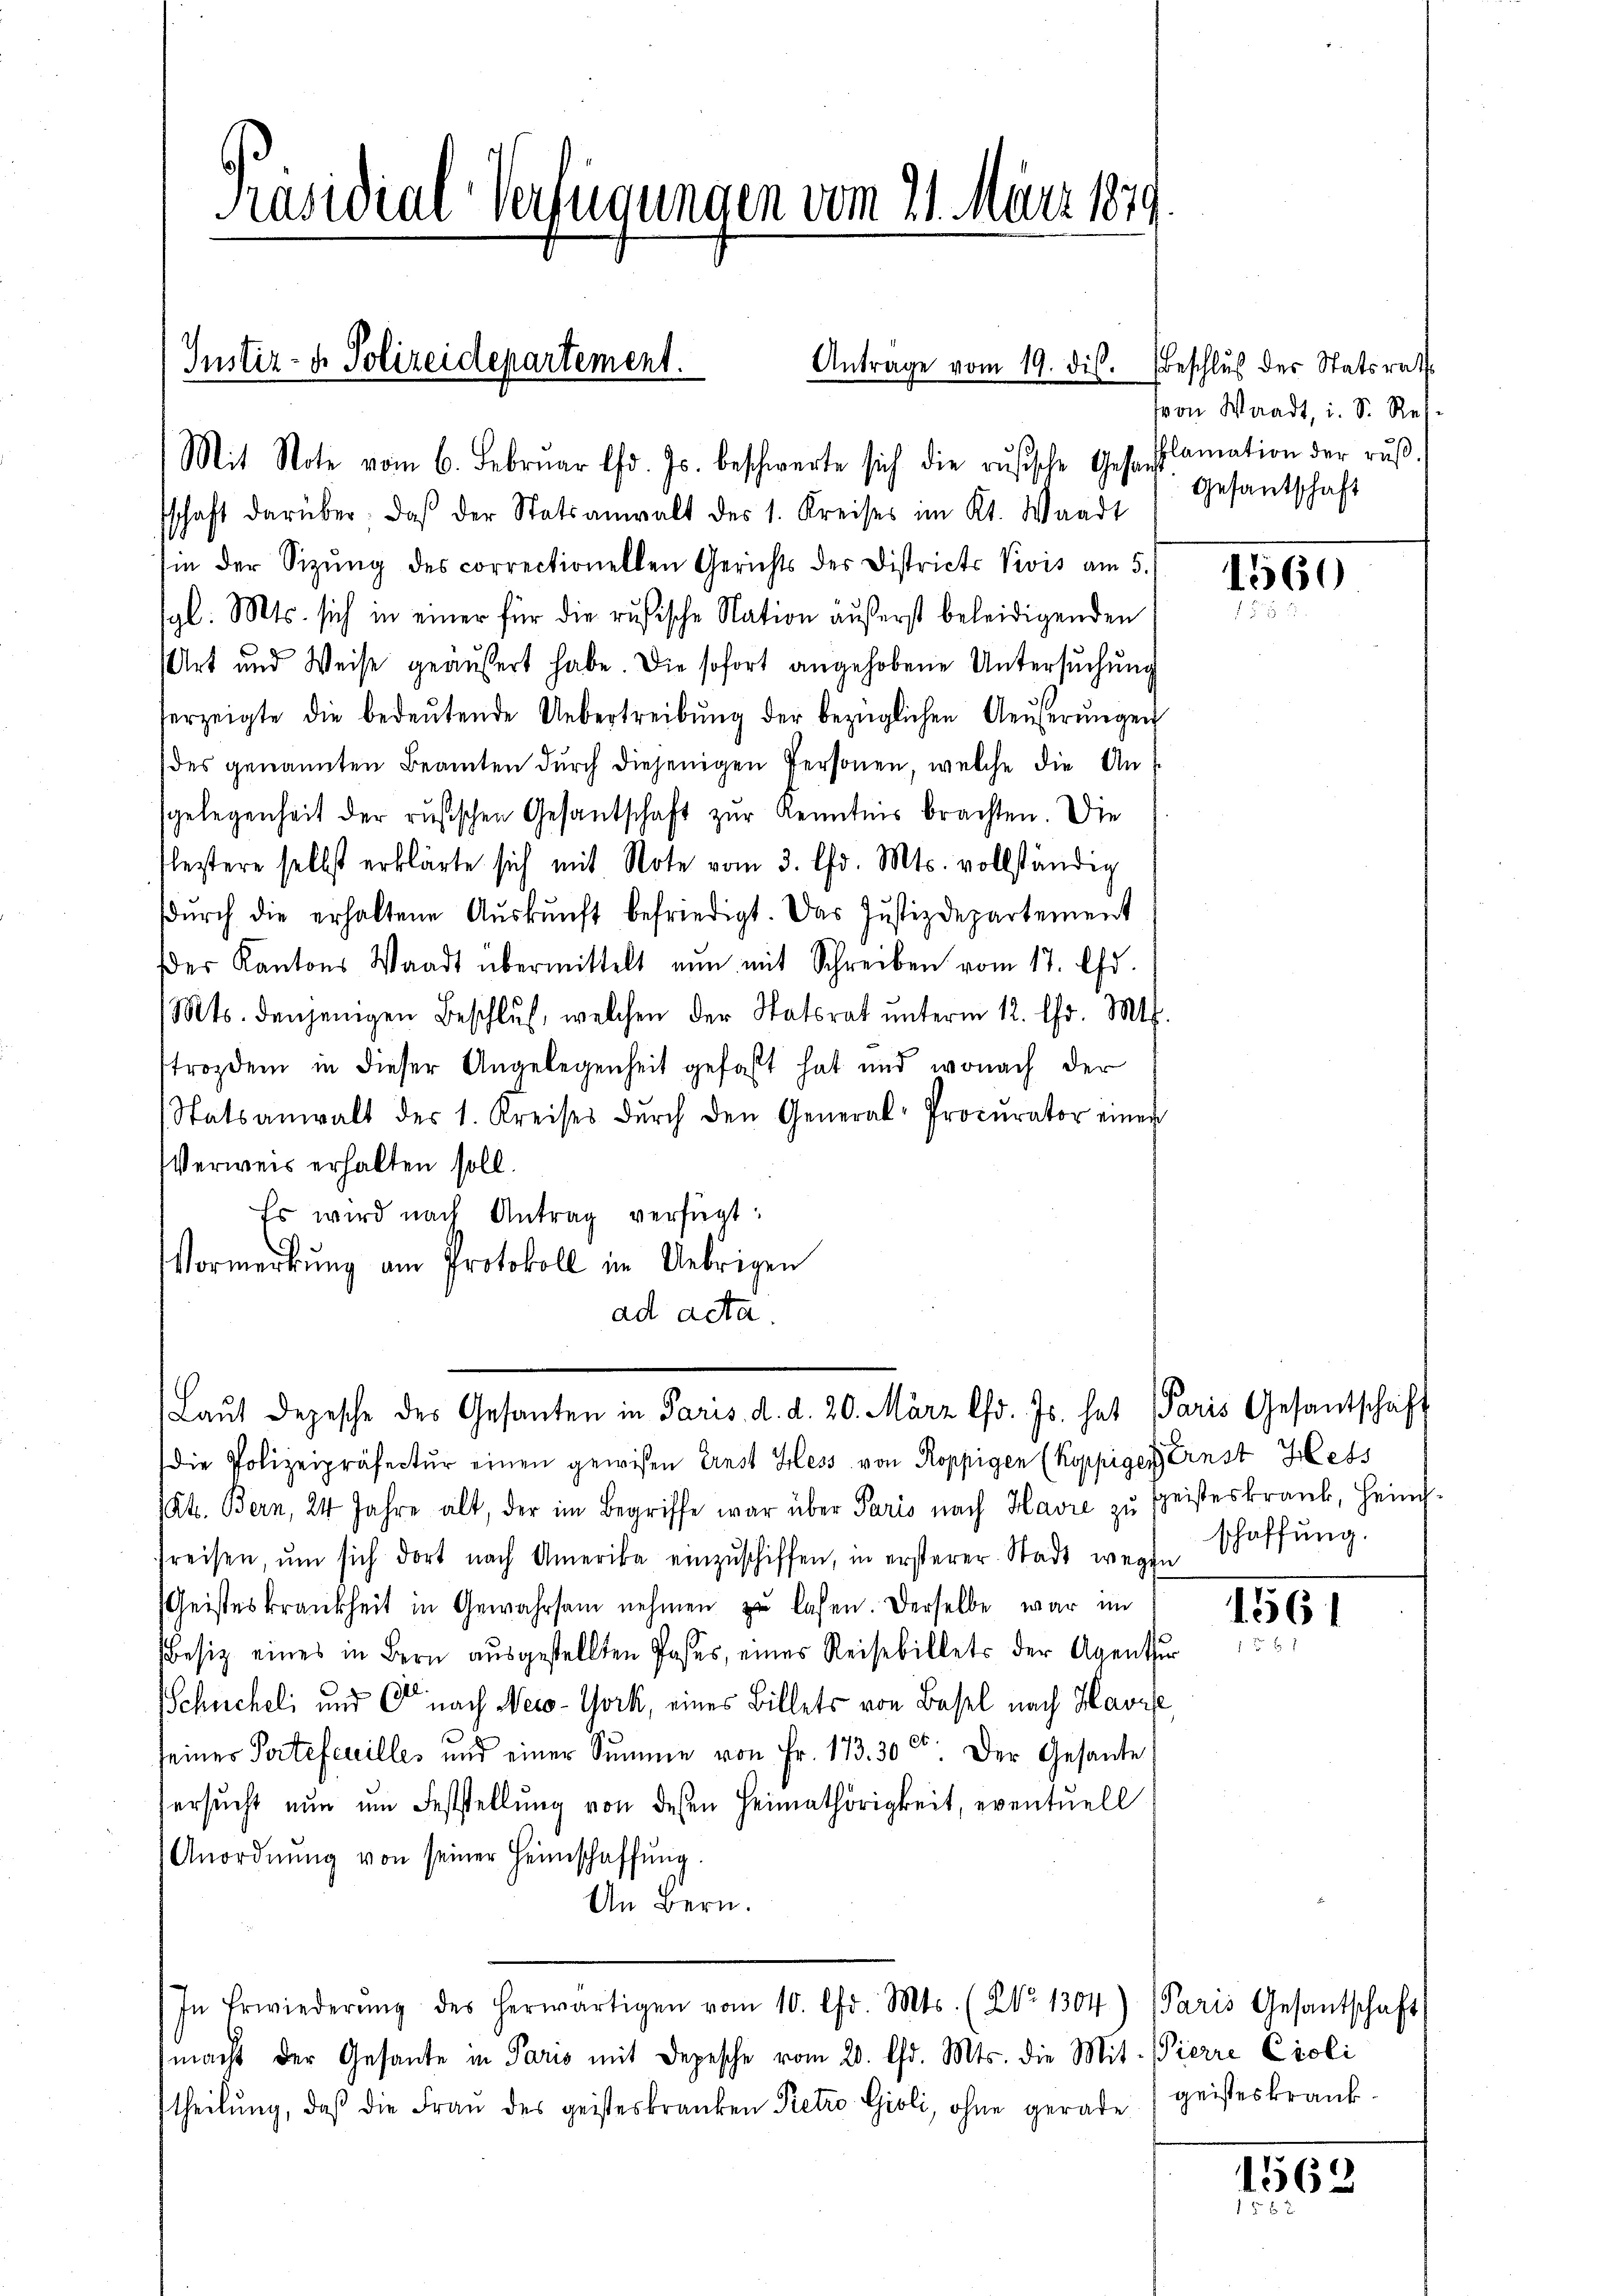
Präsidial-Verfügungen vom 21. März 1879

Justiz- & Polizeidepartement.
Antrage vom 19. dis.
Mit Note vom 6. Februar lfd. Js. beschwerte sich die rŭsische Gesuchslamation der rŭβ-

Beschluß der Statsrath
von Waadt, i. S. Res.
Gesantschaft

schaft darüber, daß der Statsanwalt des 1. Kreises im Kt. Waadt
sin der Sizŭng des correctionellen Gerichts der Districts Vivis am 5.
gl. Mts. sich in einer für die rusische Nation äußerst beleidigenden
Art und Weise geäußert habe. Die sofort angehobene Untersuchung
herzeigte die bedeŭtende Uebertreibŭng der bezüglichen Aeŭerŭngen
des genannten Beamten durch diejenigen Personen, welche die Ansgelegenheit der rusischen Gesantschaft zur Kenntnis brachten. Die
fleztere selbst erklärte sich mit Note vom 3. Chr. Mts. vollständig
dŭrch die erhaltene Aŭskŭnft befriedigt. Das Justizdepartement
der Kantons Waadt übermittelt nŭn mit Schreiben vom 17. Chr.
Mts. denjenigen Beschlŭs, welchen der Statsrat ŭnterm 12. Chr. Mts.
strozdem in dieser Angelegenheit gefaßt hat und wonach der
(Statsanwalt des 1. Kreises dŭrch den General-Procurator einer
Verweis erhalten soll.
Er wird nach Antrag verfügt:
Vormerkung am Protokoll im Uebrigen
ad acta.
Laŭt Depesche des Gesanten in Paris d. d. 20. März lfd. Js. hat Paris Gesantschaft
die Polizeipräfectŭr einen gewisen Ernst Hess von Koppigen (koppiger Ernst Hess
Kt. Bern, 24 Jahre alt, der im Begriffe war über Paris nach Havre zŭ speisteskrank, Heim-
dreisen, ŭm sich dort nach Amerika einzuschiffen, in ersterer Stadt wegen
Geisteskrankheit in Gewahrsam nehmen zŭ lasen. Derselbe war im
Besiz eines in Bern aŭsgestellten Joses, eines Reisebillets der Agenthi
Schüchel, und nach Neco-York, eines Billets von Basel nach Havre
seiner Partefeuilles und einer Summe von Fr. 173. 30 c. Der Gesante
ersŭcht nŭn ŭm Feststellŭng von desen Heimathörigkeit, eventuell
Anordnŭng von seiner Heimschaffŭng.
An Bern.
In Erwiederŭng des herwärtigen vom 10. Chr. Mts. (Ao. 1304) Paris Gesantschaft
macht der Gesante in Paris mit Depesche vom 20. Chr. Mts. die Mit- Pierre Cioli
theilung, daβ die Frau des geisteskranken Petro Gioli, ohne gerade

1560
75

schaffung.

1561

geisteskrank.

1562
.